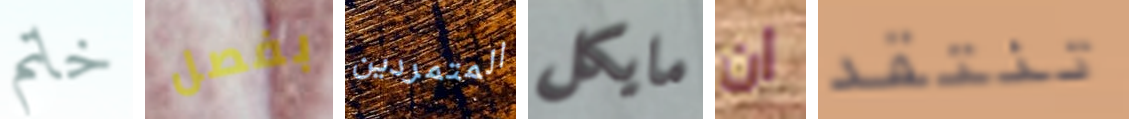
خاتم بفصل المتمردين مايكل ان تنتقد